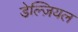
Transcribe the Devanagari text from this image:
डेल्ज़ियल